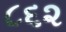
૮૬૨